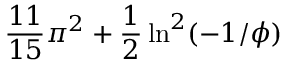
{ \frac { 1 1 } { 1 5 } } \pi ^ { 2 } + { \frac { 1 } { 2 } } \ln ^ { 2 } ( - 1 / \phi )